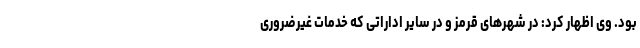
بود. وی اظهار کرد: در شهرهای قرمز و در سایر اداراتی که خدمات غیرضروری